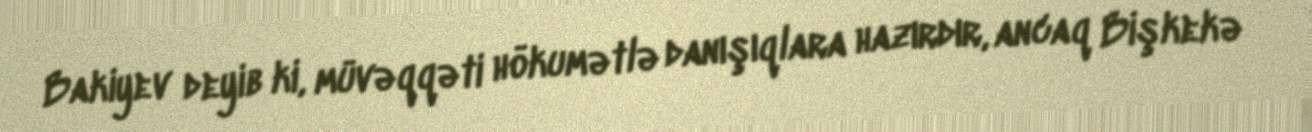
Bakiyev deyib ki, müvəqqəti hökumətlə danışıqlara hazırdır, ancaq Bişkekə